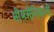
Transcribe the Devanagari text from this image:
भीमसैनिकांनी